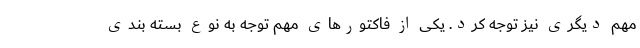
مهم دیگری نیز توجه کرد. یکی از فاکتورهای مهم توجه به نوع بسته بندی